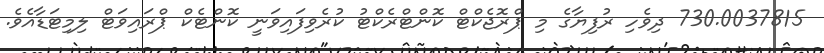
730.0037815 ދިވެހި ރުފިޔާގެ މި ޕްރޮޖެކްޓް ކޮންޓްރެކްޓު ކުރެވިފައިވަނީ ކޮންޓެކް ޕްރައިވަޓް ލިމިޓަޑާއެވެ.